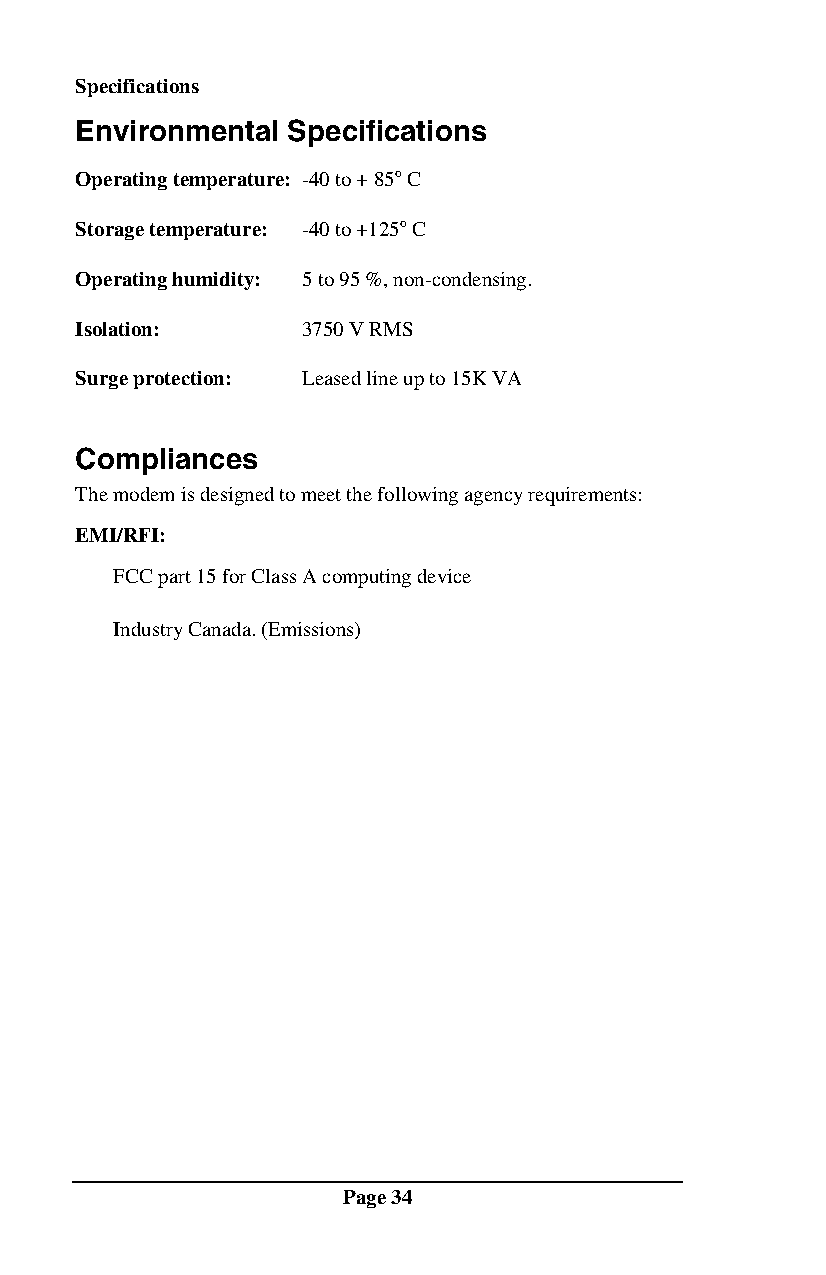
Specifications
 Environmental Specifications
 Operating temperature: -40 to + 85o C
 Storage temperature: -40 to +125o C
 Operating humidity: 5 to 95 %, non-condensing.
 Isolation:     3750 V RMS
 Surge protection: Leased line up to 15K VA
 Compliances
 The modem is designed to meet the following agency requirements:
 EMI/RFI:
 FCC part 15 for Class A computing device
 Industry Canada. (Emissions)
 Page 34